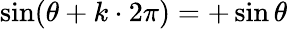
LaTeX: \sin(\theta+k\cdot 2\pi)=+\sin\theta